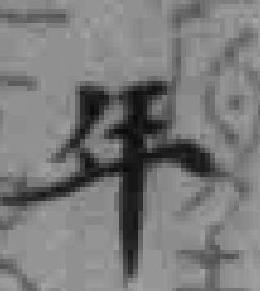
年